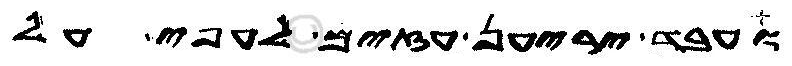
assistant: ועבד יריען עזים לעפי על